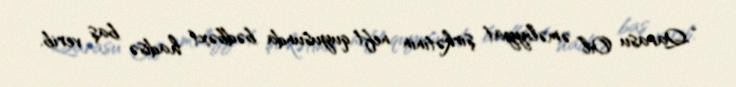
“Qarasu Oil” əməliyyat şirkətinin neft quyusunda bədbəxt hadisə baş verib.